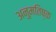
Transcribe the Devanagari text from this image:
अनुमतिष्क